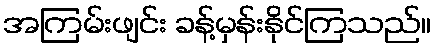
အကြမ်းဖျင်း ခန့်မှန်းနိုင်ကြသည်။